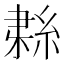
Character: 𦀱